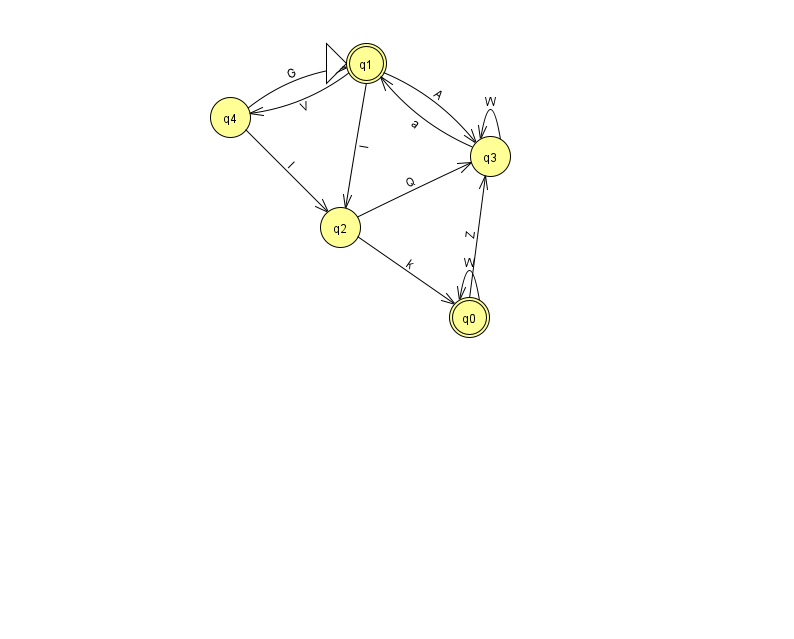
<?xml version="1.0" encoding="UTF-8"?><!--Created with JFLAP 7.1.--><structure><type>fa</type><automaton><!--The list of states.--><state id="0" name="q0"><x>469.0</x><y>304.0</y><final/></state><state id="1" name="q1"><x>366.0</x><y>50.0</y><initial/><final/></state><state id="2" name="q2"><x>340.0</x><y>214.0</y></state><state id="3" name="q3"><x>490.0</x><y>143.0</y></state><state id="4" name="q4"><x>230.0</x><y>104.0</y></state><!--The list of transitions.--><transition><from>4</from><to>2</to><read>l</read></transition><transition><from>0</from><to>0</to><read>W</read></transition><transition><from>2</from><to>0</to><read>k</read></transition><transition><from>3</from><to>3</to><read>W</read></transition><transition><from>2</from><to>3</to><read>Q</read></transition><transition><from>0</from><to>3</to><read>Z</read></transition><transition><from>1</from><to>4</to><read>V</read></transition><transition><from>1</from><to>2</to><read>I</read></transition><transition><from>1</from><to>3</to><read>A</read></transition><transition><from>3</from><to>1</to><read>a</read></transition><transition><from>4</from><to>1</to><read>G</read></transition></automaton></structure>